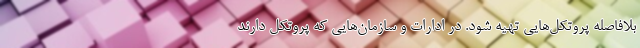
بلافاصله پروتکل‌هایی تهیه شود. در ادارات و سازمان‌هایی که پروتکل دارند